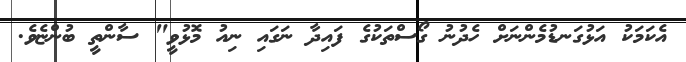
އެކަމަކު އަޅުގަނޑުމެންނަށް ހެދުނު ގޯސްތަކުގެ ފައިދާ ނަގައި ނިއު މޮޅުވީ" ސާންތީ ބުންޏެވެ.